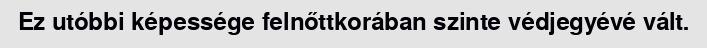
Ez utóbbi képessége felnőttkorában szinte védjegyévé vált.